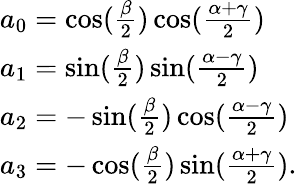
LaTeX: \begin{array}{l}{{a_{0}=\cos({\frac{\beta}{2}})\cos({\frac{\alpha+\gamma}{2}})}}\\ {{a_{1}=\sin({\frac{\beta}{2}})\sin({\frac{\alpha-\gamma}{2}})}}\\ {{a_{2}=-\sin({\frac{\beta}{2}})\cos({\frac{\alpha-\gamma}{2}})}}\\ {{a_{3}=-\cos({\frac{\beta}{2}})\sin({\frac{\alpha+\gamma}{2}}).}}\end{array}